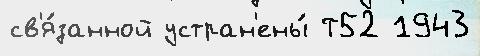
св'я́занной устран'ены́ Т52 1943